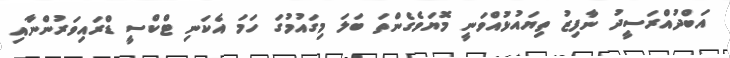
އަބްދުއްރަސީދު ނާފިޒު ތިޔައުޅުއްވަނީ މޮޔަވެގެންތަ ބަލަ މިގައުމުގަ ހަމަ އެކަނި ޓްކްސީ ޑްރައިވަރުންނާއި